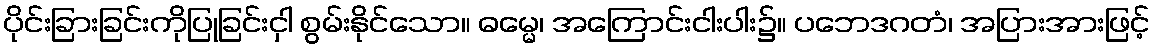
ပိုင်းခြားခြင်းကိုပြုခြင်းငှါ စွမ်းနိုင်သော။ ဓမ္မေ၊ အကြောင်းငါးပါး၌။ ပဘေဒဂတံ၊ အပြားအားဖြင့်